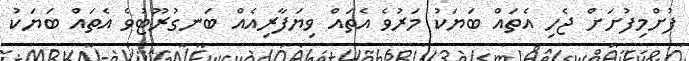
ފުށްމިފުށަށް ޖެހި އެތައް ބަޔަކު މަރުވެ އެތައް ވިޔަފާރިއެއް ބަނގުރޫޓުވެ އެތައް ބަޔަކު